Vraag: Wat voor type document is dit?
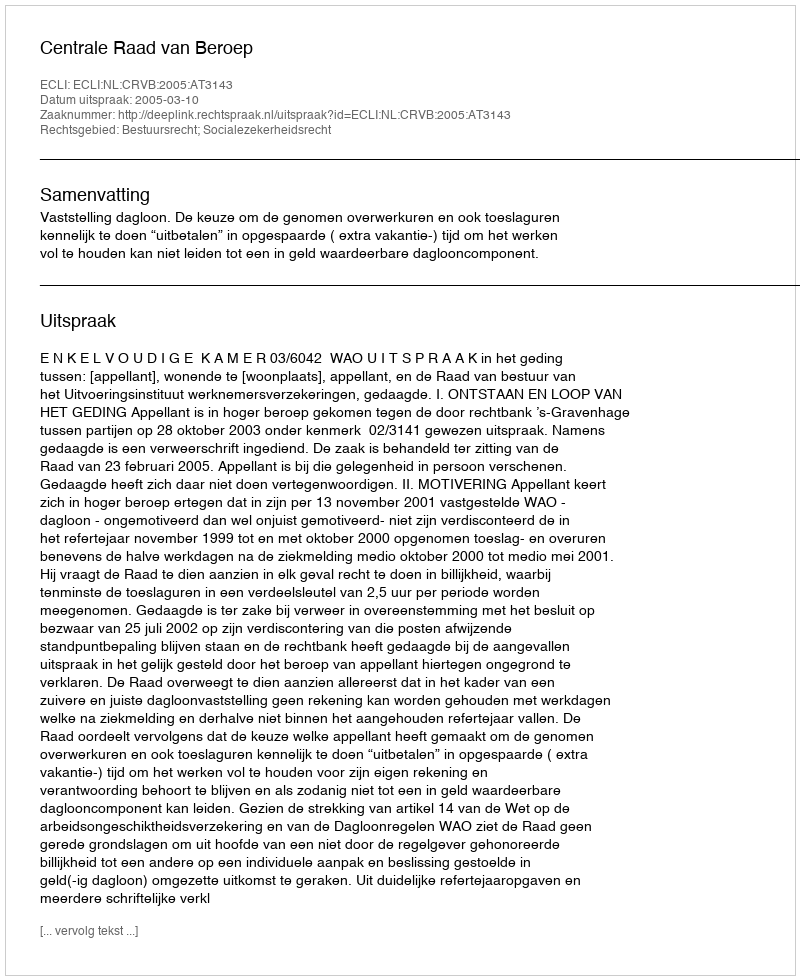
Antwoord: Uitspraak